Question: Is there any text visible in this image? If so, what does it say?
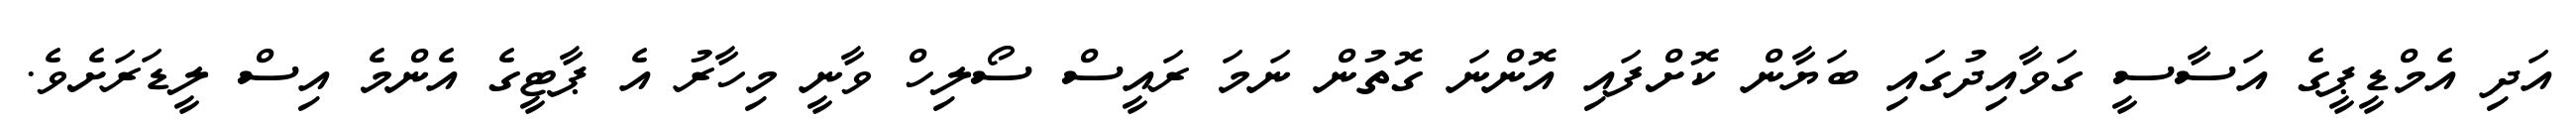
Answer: އަދި އެމްޑީޕީގެ އަސާސީ ގަވާއިދުގައި ބަޔާން ކޮށްފައި އޮންނަ ގޮތުން ނަމަ ރައީސް ސޯލިހް ވާނީ މިހާރު އެ ޕާޓީގެ އެންމެ އިސް ލީޑަރަށެވެ.